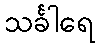
သင်္ခါရေ